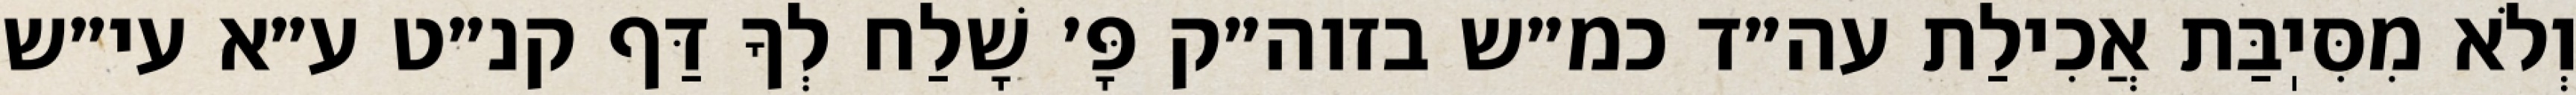
וְלֹא מִסִּיֽבַּת אֲכִילַת עה״ד כמ״ש בזוה״ק פָּ׳ שָׁלַח לְךָ דַּף קנ״ט ע״א עי״ש